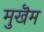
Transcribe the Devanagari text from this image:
मुखॆम